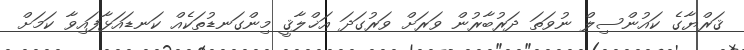
ޤަރްޔާގެ ކައުންސިލް ނުވަތަ ދަރުބާރުން ވަރަށް ވަރުގަދަ އަޚްލާޤީ މިންގަނޑުތަކެއް ކަނޑައަޅާފައިވާ ކަމަށް